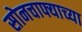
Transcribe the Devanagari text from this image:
सोनचाफ्याच्या